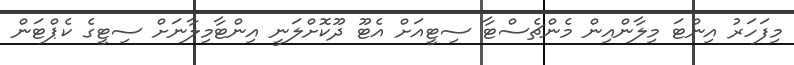
މިފަހަރު އިންޓަ މިލާންއިން މެންޗެސްޓާ ސިޓީއަށް އެޓޫ ދޫކޮށްލަނީ އިންޓާމިލާނަށް ސިޓީގެ ކެޕްޓަން